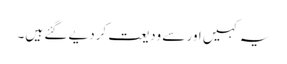
یہ کہیں اور سے ودیعت کردیے گئے ہیں۔